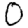
Digit: 0